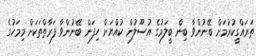
ތަރައްގީކުރުމަށް ބޭނުންވާ ބިން ބީލަމުގެ އުސޫލުން ކުއްޔަށް ހިފަން ބޭނުންވާ ފަރާތްތަކަށް މިމަހުގެ